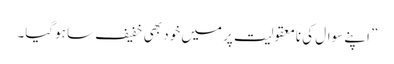
” اپنے سوال کی نامعقولیت پر میں خود بھی خفیف سا ہوگیا۔